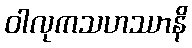
ဝါလုကသဟဿာနိ